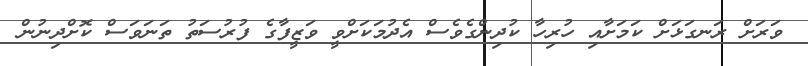
ވަރަށް ރަނގަޅަށް ކަމަށާއި ހުރިހާ ކުދިންގެވެސް އެދުމަކަށްވީ ވަޒީފާގެ ފުރުސަތު ތަނަވަސް ކޮށްދިނުން